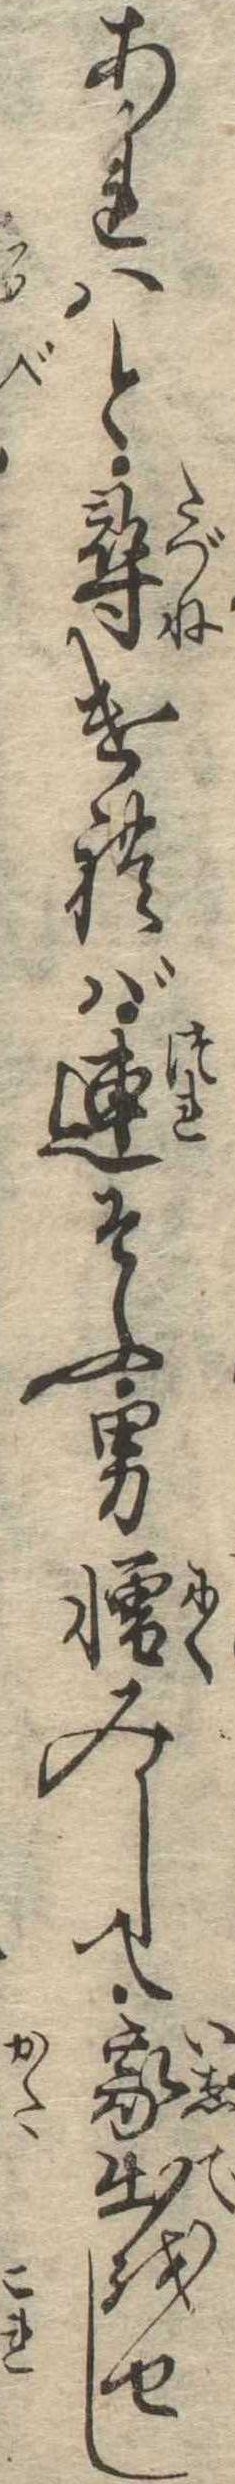
あれはと尋ければ連そふ男憎みして家出をせし